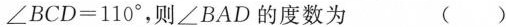
$$∠ B C D = 1 1 0 °$$，则∠BAD的度数为 ( )